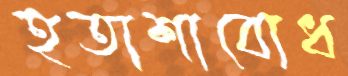
হতাশাবোধ